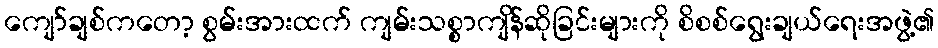
ကျော်ချစ်ကတော့ စွမ်းအားထက် ကျမ်းသစ္စာကျိန်ဆိုခြင်းများကို စိစစ်ရွေးချယ်ရေးအဖွဲ့၏